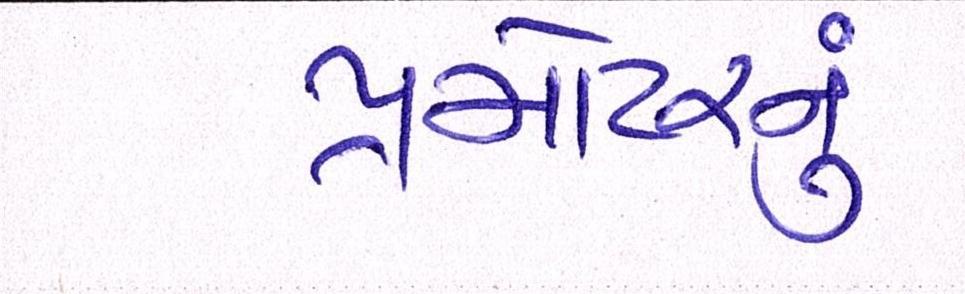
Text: પ્રમોટરનું